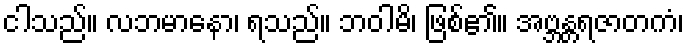
ငါသည်။ လဘမာနော၊ ရသည်။ ဘဝါမိ၊ ဖြစ်၏။ အဗ္ဘန္တရဇာတကံ၊